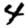
Digit: 4